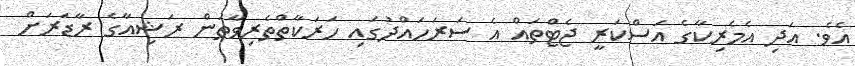
އެވެ. އަދި އެމެރިކާގެ އަސްކަރީ ޖެޓްތައް އެ ސަރަހައްދުގައި ހަރަކާތްތެރިވާތަން ރަޝިއާގެ ރާޑަރަށް